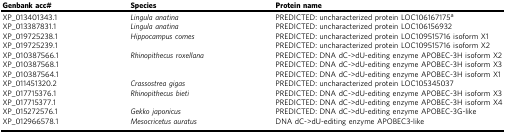
<table><thead><tr><td><b>Genbank acc#</b></td><td><b>Species</b></td><td><b>Protein name</b></td></tr></thead><tbody><tr><td>XP_013401343.1</td><td><i>Lingula anatina</i></td><td>PREDICTED: uncharacterized protein LOC106167175<sup>a</sup></td></tr><tr><td>XP_013387831.1</td><td><i>Lingula anatina</i></td><td>PREDICTED: uncharacterized protein LOC106156932</td></tr><tr><td>XP_019725238.1</td><td><i>Hippocampus comes</i></td><td>PREDICTED: uncharacterized protein LOC109515716 isoform X1</td></tr><tr><td>XP_019725239.1</td><td></td><td>PREDICTED: uncharacterized protein LOC109515716 isoform X2</td></tr><tr><td>XP_010387566.1</td><td><i>Rhinopithecus roxellana</i></td><td>PREDICTED: DNA dC-&gt;dU-editing enzyme APOBEC-3H isoform X2</td></tr><tr><td>XP_010387568.1</td><td></td><td>PREDICTED: DNA dC-&gt;dU-editing enzyme APOBEC-3H isoform X3</td></tr><tr><td>XP_010387564.1</td><td></td><td>PREDICTED: DNA dC-&gt;dU-editing enzyme APOBEC-3H isoform X1</td></tr><tr><td>XP_011451320.2</td><td><i>Crassostrea gigas</i></td><td>PREDICTED: uncharacterized protein LOC105345037</td></tr><tr><td>XP_017715376.1</td><td><i>Rhinopithecus bieti</i></td><td>PREDICTED: DNA dC-&gt;dU-editing enzyme APOBEC-3H isoform X3</td></tr><tr><td>XP_017715377.1</td><td></td><td>PREDICTED: DNA dC-&gt;dU-editing enzyme APOBEC-3H isoform X4</td></tr><tr><td>XP_015272576.1</td><td><i>Gekko japonicus</i></td><td>PREDICTED: DNA dC-&gt;dU-editing enzyme APOBEC-3G-like</td></tr><tr><td>XP_012966578.1</td><td><i>Mesocricetus auratus</i></td><td>DNA dC-&gt;dU-editing enzyme APOBEC3-like</td></tr></tbody></table>